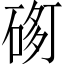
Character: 𱍢